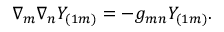
\nabla _ { m } \nabla _ { n } Y _ { ( 1 m ) } = - g _ { m n } Y _ { ( 1 m ) } .